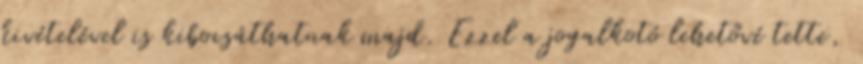
kivételével is kibocsáthatnak majd. Ezzel a jogalkotó lehetővé tette,